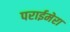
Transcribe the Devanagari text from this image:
पराईमेरा